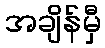
အချိန်မှီ